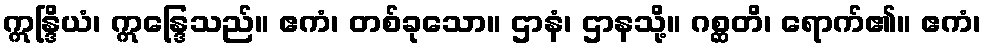
ဣန္ဒြိယံ၊ ဣန္ဒြေသည်။ ဧကံ၊ တစ်ခုသော။ ဌာနံ၊ ဌာနသို့။ ဂစ္ဆတိ၊ ရောက်၏။ ဧကံ၊